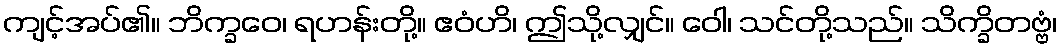
ကျင့်အပ်၏။ ဘိက္ခဝေ၊ ရဟန်းတို့။ ဧဝံဟိ၊ ဤသို့လျှင်။ ဝေါ၊ သင်တို့သည်။ သိက္ခိတဗ္ဗံ၊